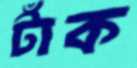
টাঁক